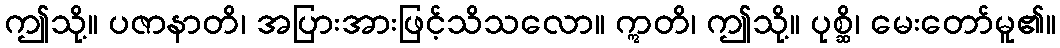
ဤသို့။ ပဇာနာတိ၊ အပြားအားဖြင့်သိသလော။ ဣတိ၊ ဤသို့။ ပုစ္ဆိ၊ မေးတော်မူ၏။